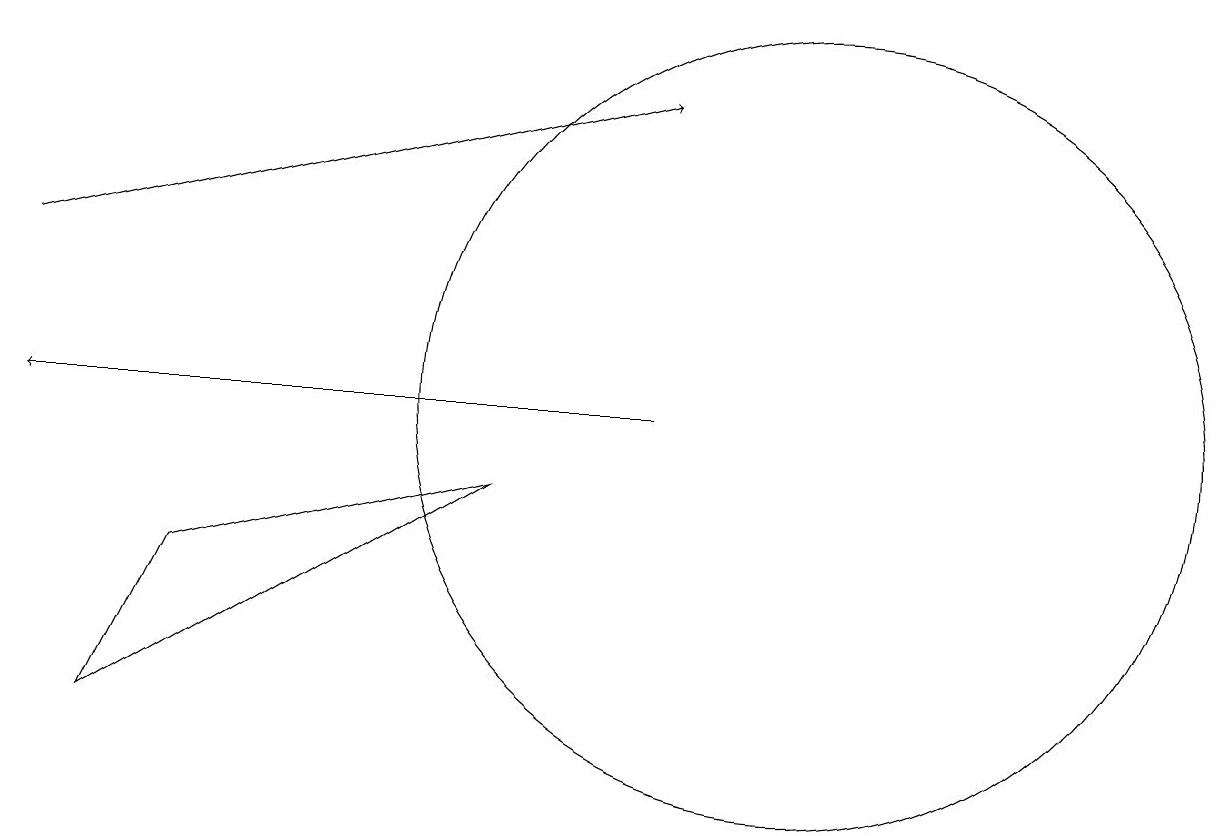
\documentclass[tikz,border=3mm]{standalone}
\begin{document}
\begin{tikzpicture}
\draw[->] (8,10) -- (0,10);
\draw (6,9) -- (2,8) -- (1,6) -- cycle;
\draw[->] (0,12) -- (8,14);
\draw (10,10) circle (5);
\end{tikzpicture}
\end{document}